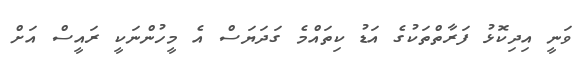
ވަނީ އިދިކޮޅު ފަރާތްތަކުގެ އަޑު ކިތައްމެ ގަދަޔަސް އެ މީހުންނަކީ ރައީސް އަށް